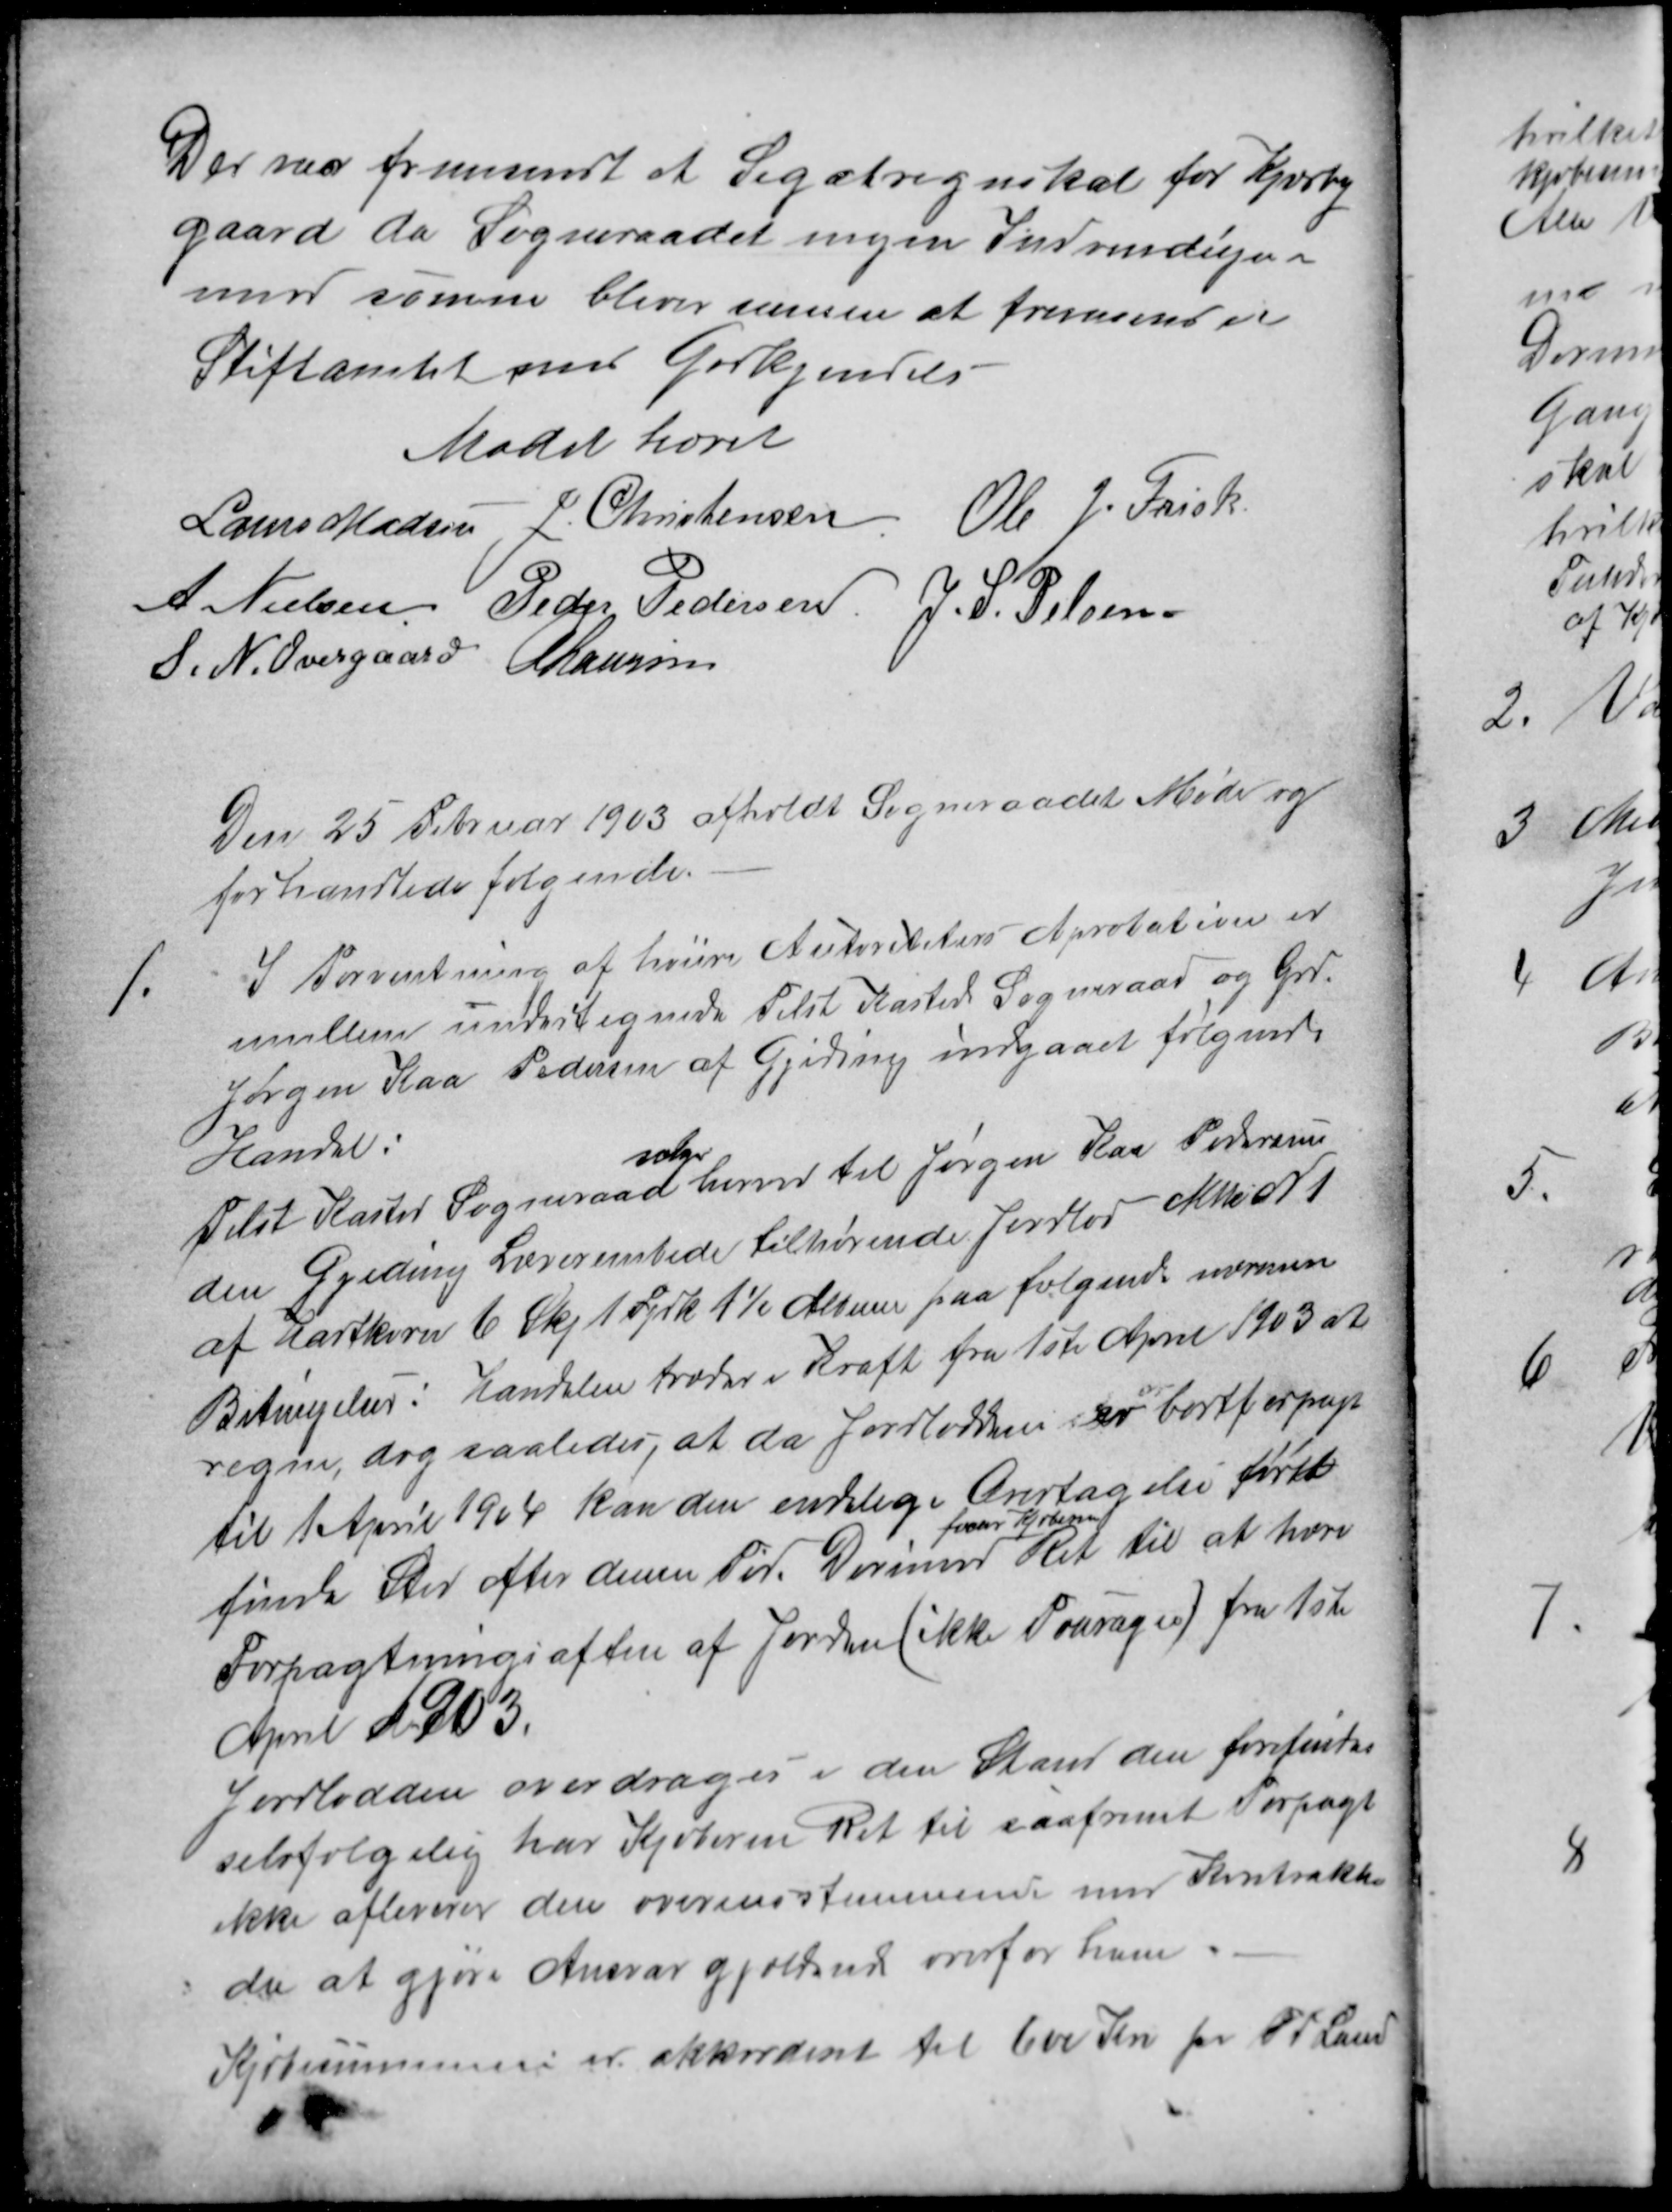
Transskription:
Der var fremsendt et Legatregnskab for Kjærby
gaard da Sogneraadet ingen Indvendinger
med samme bliver samme at fremsend til
Stiftamtet med Godkjendelse
Mødet hævet
Laurs Madsen
J. Christensen
Ole J. Frisk
A. Nielsen
Peder Pedersen
J. S. Pelsen
S. N. Overgaard
A Laursen
Den 25 Februar 1903 afholdt Sogneraadet Møde og
forhandlede følgende.
1.
I Forventning af høiere Autoriteters Aprobation er
imellem undertegnede Tilst Kasted Sogneraad og Grd.
Jørgen Kaa Pedersen af Gjeding indgaaet følgende
Handel:
Tilst Kasted Sogneraad 
sælger
herved til Jørgen Kaa Pedersen
den Gjeding Lærerembede tilhørende Jordlod Mtte N1
af Hartkorn 6 Skj. 1 Fjrk  1½ Album paa følgende nærmere
Betingelser : Handelen træder i Kraft fra 1ste April 1903 at
regne, dog saaledes, at da Jordlodden er bortforpagt
til 1 April 1904 kan den endelige Overtagelse først
finde Sted efter denne Tid. Derimod 
faar Kjøberen
Ret til at have
Forpagtningsaften af Jorden (ikke Fouragen) fra 1ste
April 1903.
Jordlodden overdrages i den Stand den forefindes
selvfølgelig har Kjøberen Ret til saafremt Forpagt
ikke afleverer den overensstemmende med Kontrakten
da at gjøre Ansvar gjældende overfor ham
Kjøbesummen er akkordert til 600 Kr pr Td Land